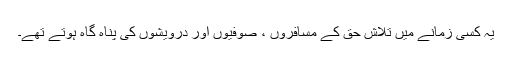
یہ کسی زمانے میں تلاش حق کے مسافروں ، صوفیوں اور درویشوں کی پناہ گاہ ہوتے تھے۔